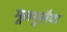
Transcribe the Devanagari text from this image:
मूलमुलैया